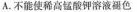
A. 不能使稀高锰酸钾溶液褪色